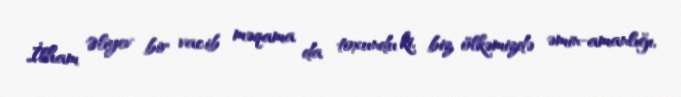
İlham Əliyev bir vacib məqama da toxundu ki, biz ölkəmizdə əmin-amanlığı,